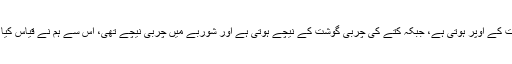
اسی طرح حلال جانور کی چربی گوشت کے اوپر ہوتی ہے، جبکہ کتے کی چربی گوشت کے نیچے ہوتی ہے اور شوربے میں چربی نیچے تھی، اس سے ہم نے قیاس کیا کہ اس بکری نے کتیا کا دودھ پیا ہے۔